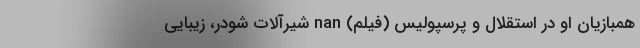
همبازیان او در استقلال و پرسپولیس (فیلم) nan شیرآلات شودر، زیبایی